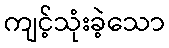
ကျင့်သုံးခဲ့သော